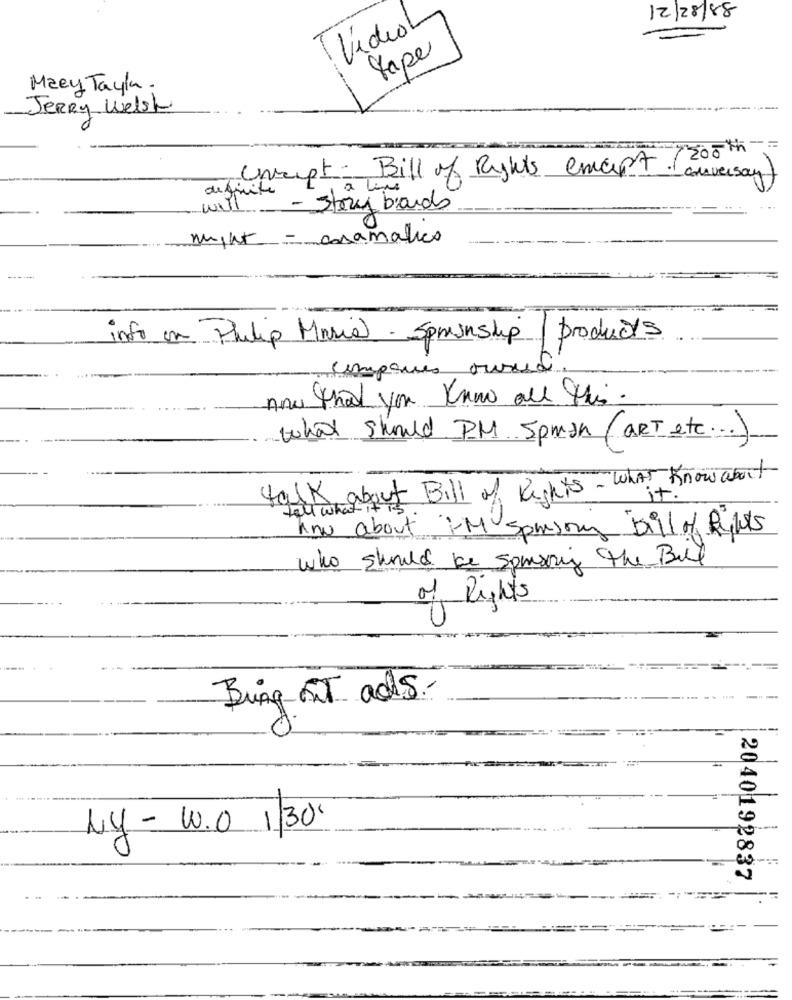
15/82/21
Vídeo
tape
Mary Tayla.
Jerry Welsh
200=
Unsept. Bill of Rights emast
conversar
will - 3ha live
definite
Story bands
night - assamalies
info on Philip Maria Sprinship / products
companies ourud
now that you Know all this.
what should PM Spman (ART etc ... )
talk about Bill of Rights - What Know about
tall what
how about I'M sponsoring bill of Rights
who should be sponsoring the Bull
of Rights
Bring IT adds.
Ny - W.0 1/30"
2040192837